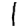
Digit: 1